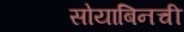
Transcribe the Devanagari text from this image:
सोयाबिनची